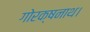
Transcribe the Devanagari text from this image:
गोरक्षनाथ।